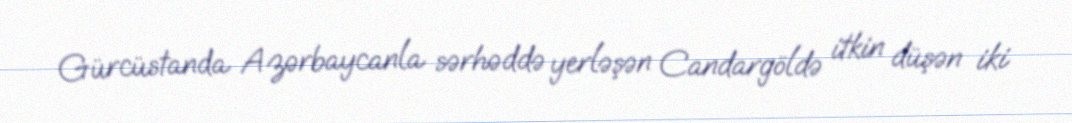
Gürcüstanda Azərbaycanla sərhəddə yerləşən Candargöldə itkin düşən iki